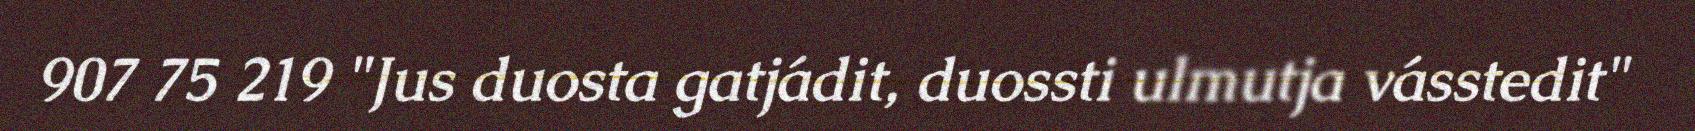
907 75 219 "Jus duosta gatjádit, duossti ulmutja vásstedit"